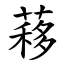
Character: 䔟